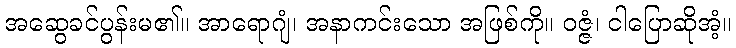
အဆွေခင်ပွန်းမ၏။ အာရောဂျံ၊ အနာကင်းသော အဖြစ်ကို။ ဝဇ္ဇံ၊ ငါပြောဆိုအံ့။